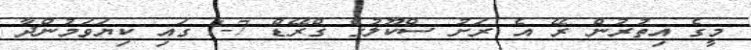
މީގެ އިތުރުން ރޭ އެ ރަށު ސްކޫލުގެ ގްރޭޑް 7-1 ގައި ކިޔަަވަމުންދާ